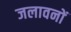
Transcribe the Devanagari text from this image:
जलावनों